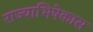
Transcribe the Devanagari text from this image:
राज्याभिषेकास